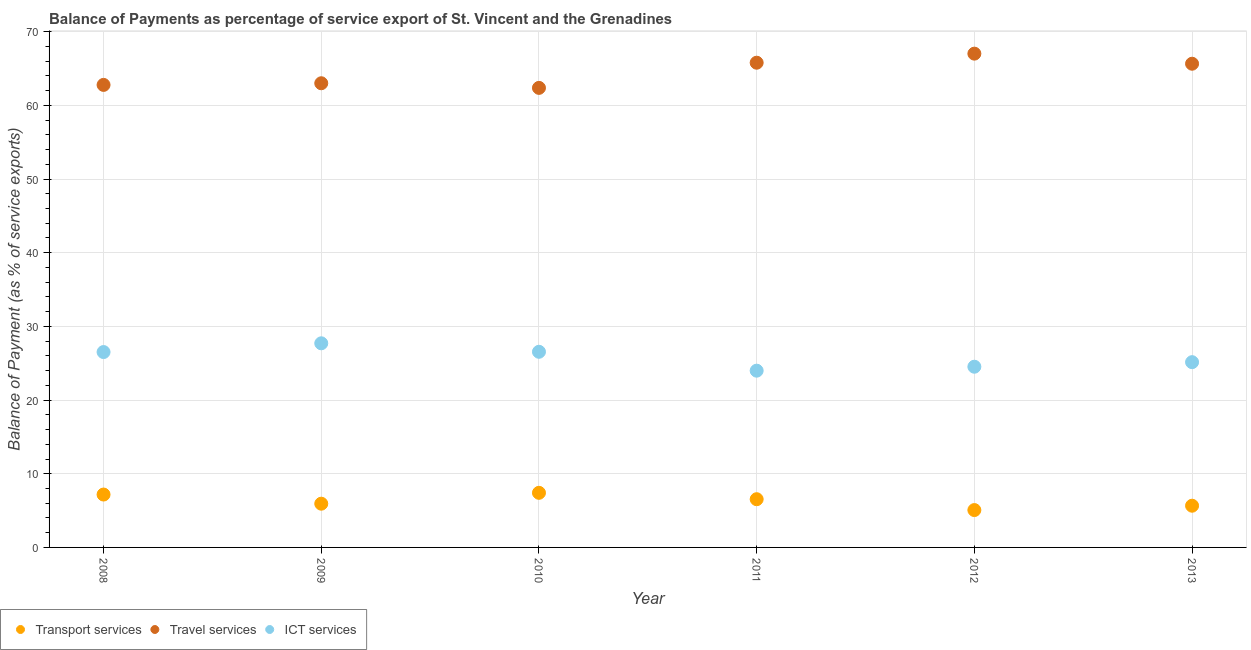
| Year | Transport services | Travel services | ICT services |
 | --- | --- | --- | --- |
 | 2008 | 7.18 | 62.8 | 26.5 |
 | 2009 | 5.94 | 63 | 27.7 |
 | 2010 | 7.41 | 62.4 | 26.6 |
 | 2011 | 6.54 | 65.8 | 24 |
 | 2012 | 5.07 | 67 | 24.5 |
 | 2013 | 5.66 | 65.6 | 25.1 |